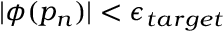
| \phi ( p _ { n } ) | < \epsilon _ { t a r g e t }